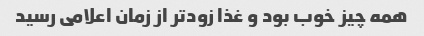
همه چیز خوب بود و غذا زودتر از زمان اعلامی رسید